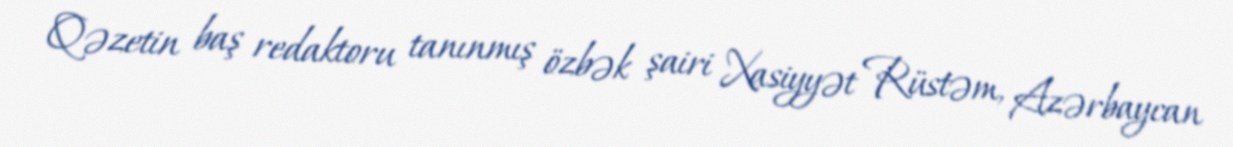
Qəzetin baş redaktoru tanınmış özbək şairi Xasiyyət Rüstəm, Azərbaycan